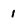
Character: 1